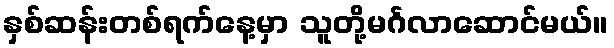
နှစ်ဆန်းတစ်ရက်နေ့မှာ သူတို့မင်္ဂလာဆောင်မယ်။